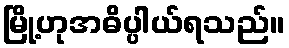
မြို့ဟုအဓိပ္ပါယ်ရသည်။